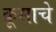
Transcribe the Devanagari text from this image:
क्रूसाचे